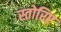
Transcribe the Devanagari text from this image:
स्तोरिए